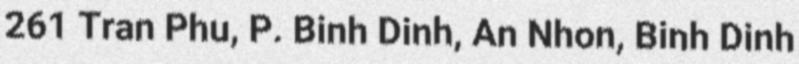
261 Tran Phu, P. Binh Dinh, An Nhon, Binh Dinh